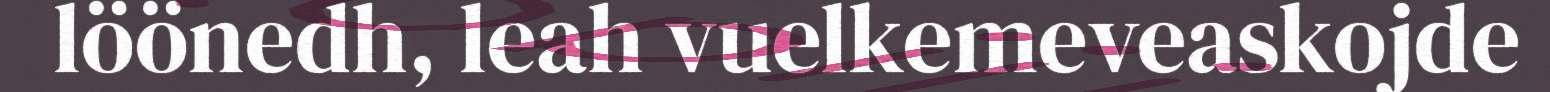
löönedh, leah vuelkemeveaskojde